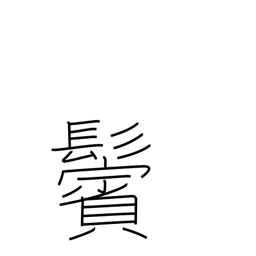
Meaning: sideburns